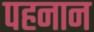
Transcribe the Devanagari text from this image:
पहनान